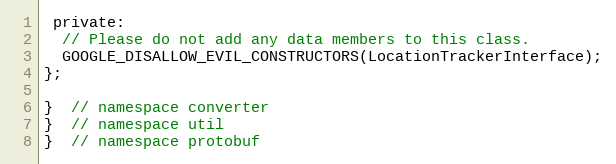
Language: C
 private:
  // Please do not add any data members to this class.
  GOOGLE_DISALLOW_EVIL_CONSTRUCTORS(LocationTrackerInterface);
};

}  // namespace converter
}  // namespace util
}  // namespace protobuf